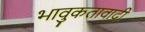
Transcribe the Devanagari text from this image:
भावुकतावादी